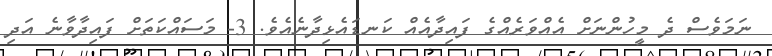
ނަމަވެސް ދެ މީހުންނަށް އެއްވަރެއްގެ ފައިދާއެއް ކަނޑައެޅިދާނެއެވެ. 3- މަސައްކަތަށް ފައިދާވާނެ އަދި